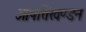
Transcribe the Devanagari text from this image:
आपत्तिखण्डन